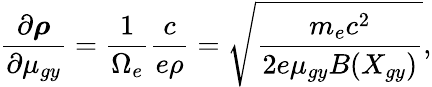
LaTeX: \frac{\partial\boldsymbol{\rho}}{\partial\mu_{gy}}=\frac{1}{\Omega_{e}}\frac{c}{e\rho}=\sqrt{\frac{m_{e}c^{2}}{2e\mu_{gy}B(X_{gy})}},